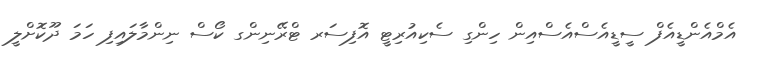
އެމްއެންޑީއެފް ސީޑީއެސްއެސްއިން ހިންގި ސެކިއުރިޓީ އޮފިސަރ ޓްރޭނިންގ ކޯސް ނިންމާލައިފި ހަމަ ދޫކޮށްލީ